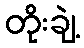
တိုးချဲ့